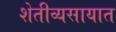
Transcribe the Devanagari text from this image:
शेतीव्यसायात